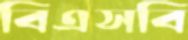
বিএসবি